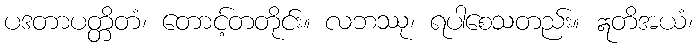
ပဒတာပတ္တိတံ၊ တောင့်တတိုင်း။ လဘဿု၊ ရပါစေသတည်း။ ဣတိအယံ၊